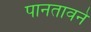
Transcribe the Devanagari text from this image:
पानतावने